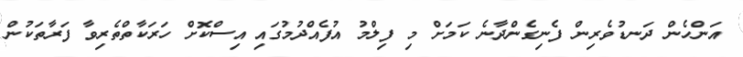
އަންހެން ދަނޑުވެރިން ފެނިގެންދާނެ ކަމަށް މި ފިލްމު އުފެއްދުމުގައި އިސްކޮށް ހަރަކާތްތެރިވާ ފަރާތަކުން